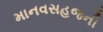
માનવસહજની